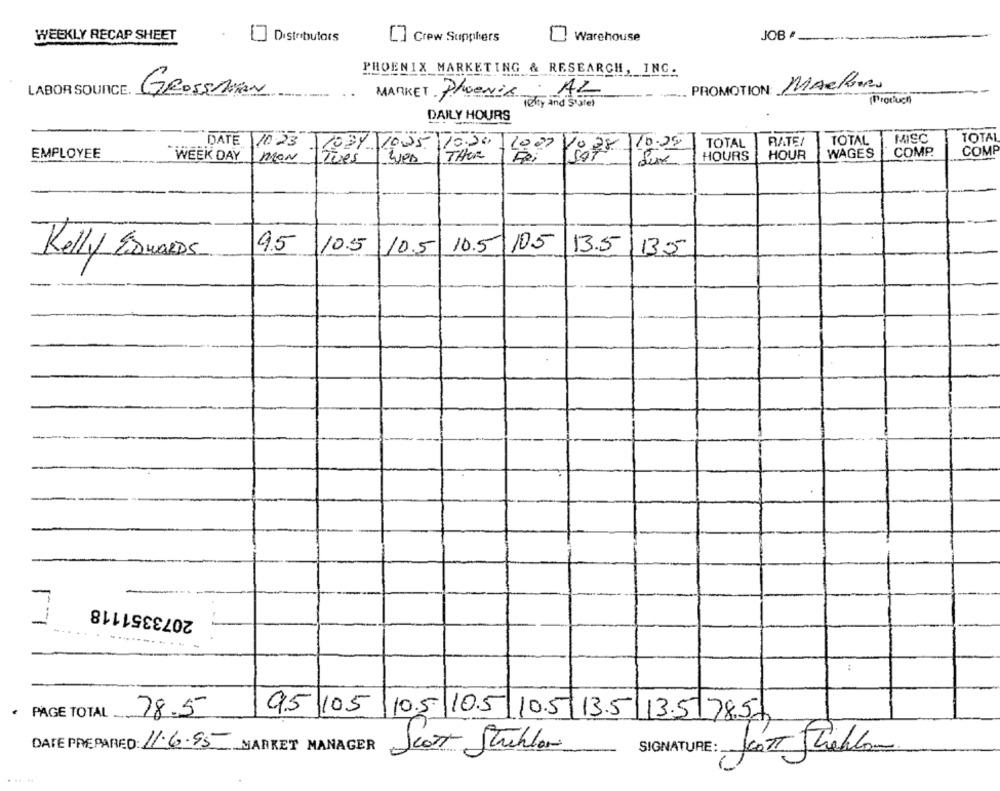
WEEKLY RECAP SHEET
Distributors
[] Crew Supphers
Warehouse
JOB #
PHOENIX MARKETING & RESEARCH, INC.
PROMOTION MACROURO
LABOR SOUNCE.
GROSSMAN
MARKET Phoenix
AZ
ichy and Sulel
(Produch)
DAILY HOURS
DATE
10.23
1031 10.25 10.20
RATE
TOTAL
MISC
TOTAL
10.00
18 28 10:25
TOTAL
COMP
EMPLOYEE
WEEK DAY
MON
Tues
THOR
HOURS
HOUR
WAGES
COMP.
-
95
10.5
10.5
10.5 10.5
13.5
135
Kelly EDWARDS
2073351118
:
78.5
PAGE TOTAL
95 105 10.5 105 10.5 13.5 13.5 7857
DATE PREPARED: 11.6.95 MARKET MANAGER
Scott Strehler
SIGNATURE: JOOST Shallow